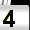
Digit: 4